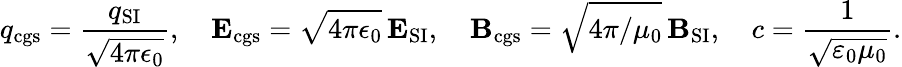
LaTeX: q_{\mathrm{cgs}}={\frac{q_{\mathrm{SI}}}{\sqrt{4\pi\epsilon_{0}}}},\quad\mathbf{E}_{\mathrm{cgs}}={\sqrt{4\pi\epsilon_{0}}}\, \mathbf{E}_{\mathrm{SI}},\quad\mathbf{B}_{\mathrm{cgs}}={\sqrt{4\pi/\mu_{0}}}\, {\mathbf{B}_{\mathrm{SI}}},\quad c={\frac{1}{\sqrt{\varepsilon_{0}\mu_{0}}}}.